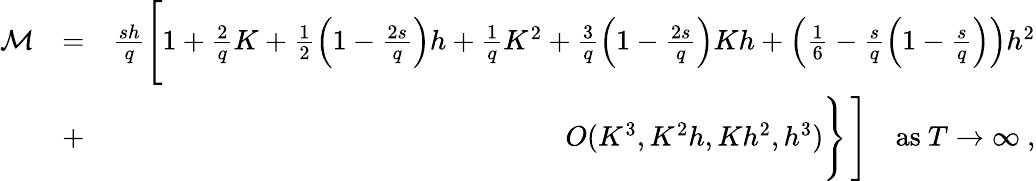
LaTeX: \begin{array}{rlr}{{\cal M}}&{=}&{\frac{sh}{q}\Bigg[1+\frac{2}{q}K+\frac{1}{2}\Big(1-\frac{2s}{q}\Big)h+\frac{1}{q}K^{2}+\frac{3}{q}\Big(1-\frac{2s}{q}\Big)Kh+\Big(\frac{1}{6}-\frac{s}{q}\Big(1-\frac{s}{q}\Big)\Big)h^{2}}\\ &{+}&{O(K^{3},K^{2}h,Kh^{2},h^{3})\Bigg\} \, \Bigg]\quad\mathrm{as}\ T\to\infty\ ,}\end{array}